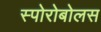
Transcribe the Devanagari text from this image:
स्पोरोबोलस